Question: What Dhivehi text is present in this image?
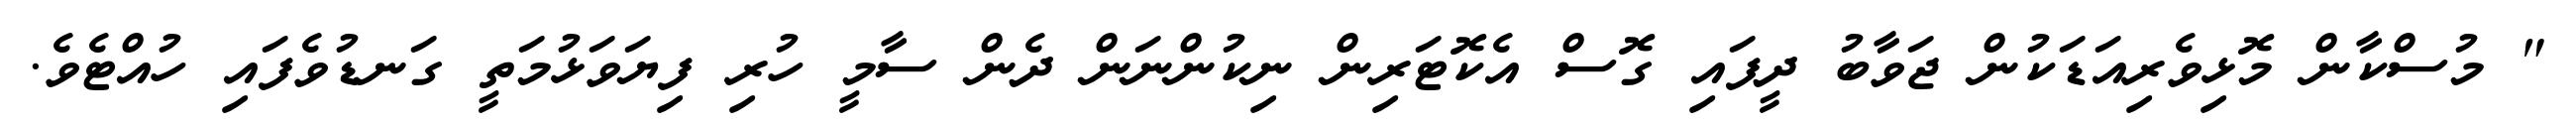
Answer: " މުސްކާން މޮޅިވެރިއަޑަކުން ޖަވާބު ދީފައި ގޮސް އެކޮޓަރިން ނިކުންނަން ދެން ސާމީ ހުރި ފިޔަވަޅުމަތީ ގަނޑުވެފައި ހުއްޓެވެ.